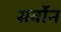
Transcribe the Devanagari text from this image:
सर्वोन